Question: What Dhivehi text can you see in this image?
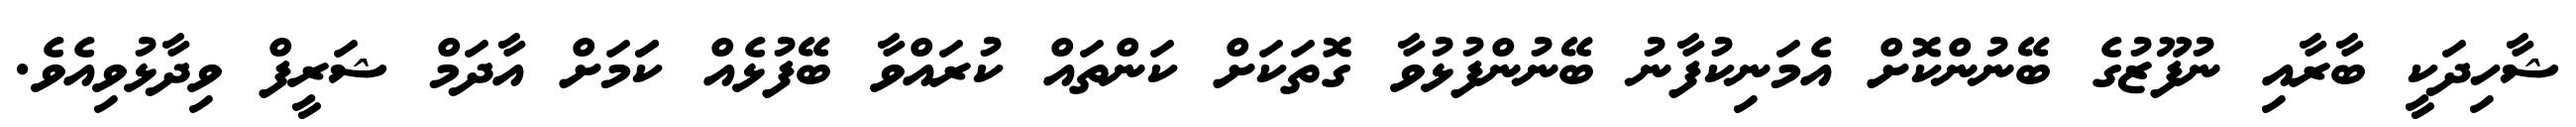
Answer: ޝާހިދަކީ ބާރާއި ނުފޫޒުގެ ބޭނުންކޮށް އެމަނިކުފާނު ބޭނުންފުޅުވާ ގޮތަކަށް ކަންތައް ކުރައްވާ ބޭފުޅެއް ކަަމަށް އާދަމް ޝަރީފް ވިދާޅުވިއެވެ.